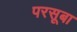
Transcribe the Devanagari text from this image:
परसूबा